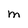
Character: M